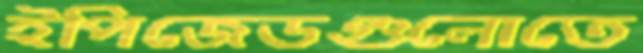
ইপিজেডগুলোতে